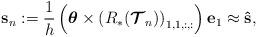
LaTeX: \begin{align*}{\mathbf{s}_n} := \frac{1}{h}\left(\boldsymbol{\theta} \times \left(R_\ast(\boldsymbol{\mathcal{T}}_n)\right)_{1,1,:,:}\right) \mathbf{e}_1 \approx \mathbf{\hat{s}},\end{align*}